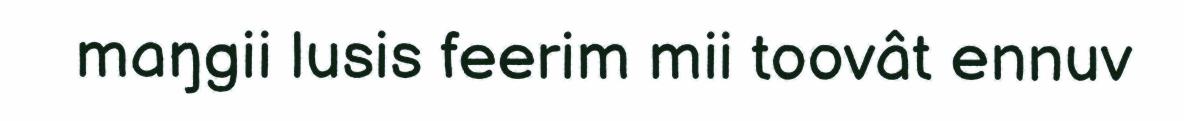
maŋgii lusis feerim mii toovât ennuv